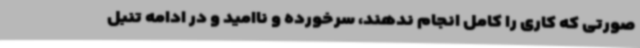
صورتی که کاری را کامل انجام ندهند، سرخورده و ناامید و در ادامه تنبل